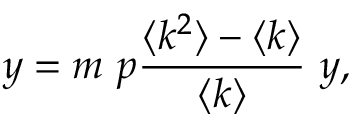
y = m \ p \frac { \langle k ^ { 2 } \rangle - \langle k \rangle } { \langle k \rangle } \ y ,